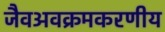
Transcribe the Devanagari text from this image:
जैवअवक्रमकरणीय